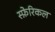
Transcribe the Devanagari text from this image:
स्फ़ेरिकल